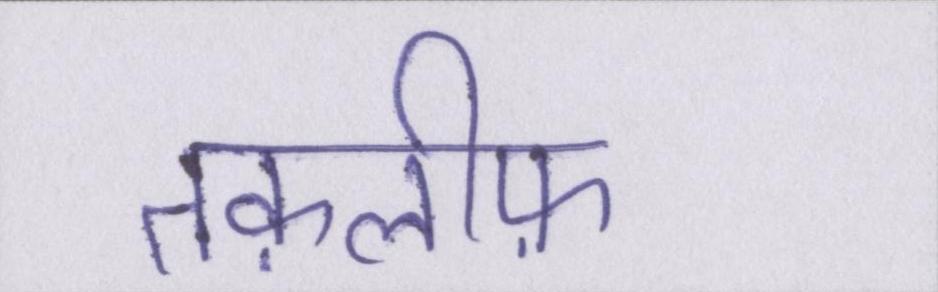
तक़लीफ़